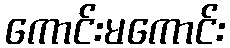
ကောင်းမကောင်း